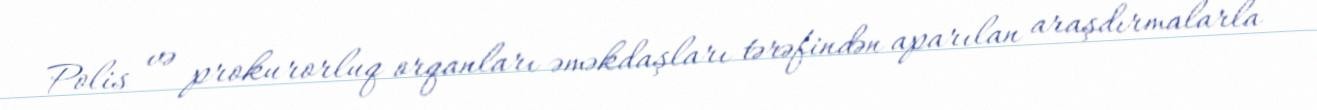
Polis və prokurorluq orqanları əməkdaşları tərəfindən aparılan araşdırmalarla